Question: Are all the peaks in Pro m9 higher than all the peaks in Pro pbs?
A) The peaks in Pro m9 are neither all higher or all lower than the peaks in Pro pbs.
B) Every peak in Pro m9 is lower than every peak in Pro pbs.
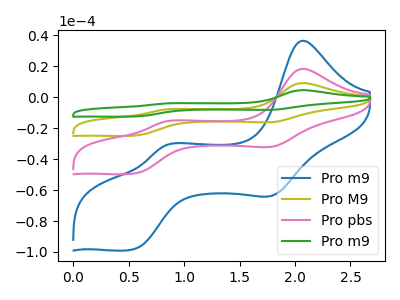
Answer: <think>The blue curve "Pro m9" has anodic peaks at (2.05V, 36.65uA) (0.80V, -31.50uA) and cathodic peaks at (1.80V, -63.40uA) (0.55V, -98.45uA). The olive curve "Pro M9" has anodic peaks at (2.05V, 36.80uA) (0.80V, -31.60uA) and cathodic peaks at (1.80V, -63.65uA) (0.55V, -98.85uA). The pink curve "Pro pbs" has anodic peaks at (2.05V, 18.40uA) (0.80V, -15.80uA) and cathodic peaks at (1.80V, -31.80uA) (0.55V, -49.40uA). The green curve "Pro m9" has anodic peaks at (2.05V, 55.20uA) (0.80V, -47.40uA) and cathodic peaks at (1.80V, -95.45uA) (0.55V, -148.25uA).</think>
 <answer>A) The peaks in "Pro m9" are neither all higher or all lower than the peaks in "Pro pbs".</answer>
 <eval>A</eval>